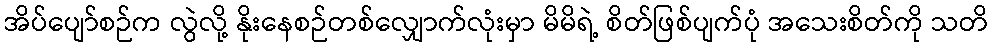
အိပ်ပျော်စဉ်က လွဲလို့ နိုးနေစဉ်တစ်လျှောက်လုံးမှာ မိမိရဲ့ စိတ်ဖြစ်ပျက်ပုံ အသေးစိတ်ကို သတိ